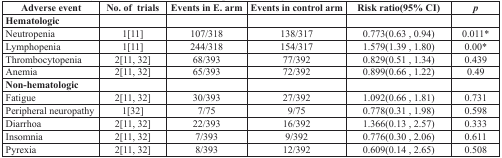
| Adverse event | No. of trials | Events in E. arm | Events in control arm | Risk ratio(95% CI) | p |
 | --- | --- | --- | --- | --- | --- |
 | Hematologic |  |  |  |  |  |
 | Neutropenia | 1[11] | 107/318 | 138/317 | 0.773(0.63, 0.94) | 0.011* |
 | Lymphopenia | 1[11] | 244/318 | 154/317 | 1.579(1.39, 1.80) | 0.00* |
 | Thrombocytopenia | 2[11, 32] | 68/393 | 77/392 | 0.829(0.51, 1.34) | 0.439 |
 | Anemia | 2[11, 32] | 65/393 | 72/392 | 0.899(0.66, 1.22) | 0.49 |
 | Non-hematologic |  |  |  |  |  |
 | Fatigue | 2[11, 32] | 30/393 | 27/392 | 1.092(0.66, 1.81) | 0.731 |
 | Peripheral neuropathy | 1[32] | 7/75 | 9/75 | 0.778(0.31, 1.98) | 0.598 |
 | Diarrhoa | 2[11, 32] | 22/393 | 16/392 | 1.366(0.13, 2.57) | 0.333 |
 | Insomnia | 2[11, 32] | 7/393 | 9/392 | 0.776(0.30, 2.06) | 0.611 |
 | Pyrexia | 2[11, 32] | 8/393 | 12/392 | 0.609(0.14, 2.65) | 0.508 |